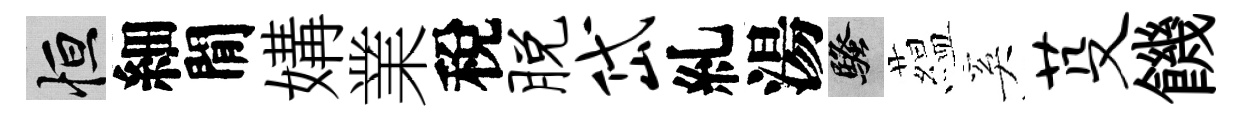
恒細閒媾業稅脱岱糺湯騷藴奚芟饑